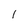
Character: I